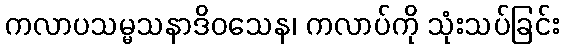
ကလာပသမ္မသနာဒိဝသေန၊ ကလာပ်ကို သုံးသပ်ခြင်း